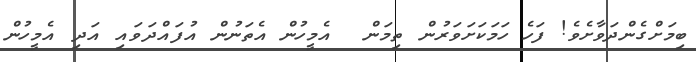
ބިމަށްގެންދަވާށެވެ! ފަހެ ހަމަކަށަވަރުން ތިމަން  އެމީހުން އެތަނުން އުފައްދަވައި އަދި އެމީހުން